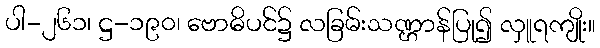
ပါ-၂၆၁၊ ဋ္ဌ-၁၉၀၊ ဗောဓိပင်၌ လခြမ်းသဏ္ဌာန်ပြု၍ လှူရကျိုး။